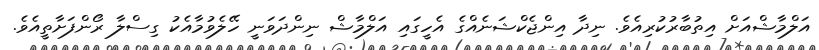
އަލްމާޝްއަށް އިތުބާރުކުރިއެވެ. ނިދާ އިންޖެކްޝަނެއްގެ އެހީގައި އަލްމާޝް ނިންދަވަނީ ހޭލެވުމާއެކު ގިސްލާ ރޯންފަށާތީއެވެ.